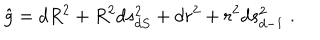
\hat { g } = d R ^ { 2 } + R ^ { 2 } d s _ { d S } ^ { 2 } + d r ^ { 2 } + r ^ { 2 } d s _ { d - 1 } ^ { 2 } \; .